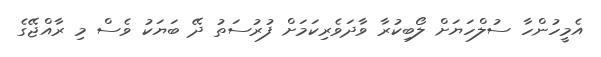
އެމީހުންހާ ސުލްހަޔަށް ލޯބިކުރާ ވާދަވެރިކަމަށް ފުރުސަތު ދޭ ބަޔަކު ވެސް މި ރާއްޖޭގެ